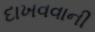
દાખવવાની